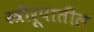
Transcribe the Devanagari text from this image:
स्त्रीरूपातील